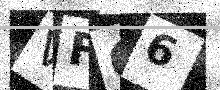
Text: VFC6